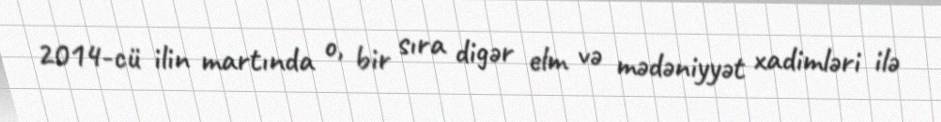
2014-cü ilin martında o, bir sıra digər elm və mədəniyyət xadimləri ilə